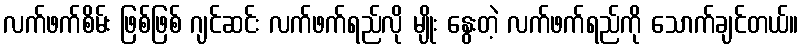
လက်ဖက်စိမ်း ဖြစ်ဖြစ် ဂျင်ဆင်း လက်ဖက်ရည်လို မျိုး နွေးတဲ့ လက်ဖက်ရည်ကို သောက်ချင်တယ်။